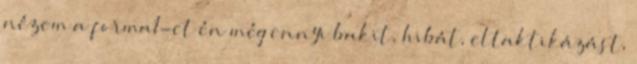
nézem a forma1-et én még ennyi bakit, hibát, eltaktikázást,